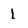
Character: l